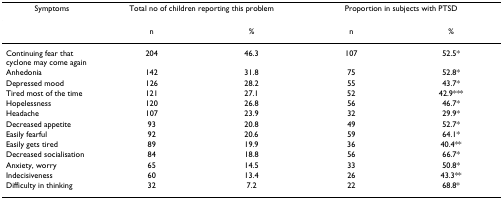
<table><thead><tr><td><b>Symptoms</b></td><td colspan="2"><b>Total no of children reporting this problem</b></td><td colspan="2"><b>Proportion in subjects with PTSD</b></td></tr></thead><tbody><tr><td>[EMPTY_CELL]</td><td>n</td><td>%</td><td>n</td><td>%</td></tr><tr><td>Continuing fear that cyclone may come again</td><td>204</td><td>46.3</td><td>107</td><td>52.5*</td></tr><tr><td>Anhedonia</td><td>142</td><td>31.8</td><td>75</td><td>52.8*</td></tr><tr><td>Depressed mood</td><td>126</td><td>28.2</td><td>55</td><td>43.7*</td></tr><tr><td>Tired most of the time</td><td>121</td><td>27.1</td><td>52</td><td>42.9***</td></tr><tr><td>Hopelessness</td><td>120</td><td>26.8</td><td>56</td><td>46.7*</td></tr><tr><td>Headache</td><td>107</td><td>23.9</td><td>32</td><td>29.9*</td></tr><tr><td>Decreased appetite</td><td>93</td><td>20.8</td><td>49</td><td>52.7*</td></tr><tr><td>Easily fearful</td><td>92</td><td>20.6</td><td>59</td><td>64.1*</td></tr><tr><td>Easily gets tired</td><td>89</td><td>19.9</td><td>36</td><td>40.4**</td></tr><tr><td>Decreased socialisation</td><td>84</td><td>18.8</td><td>56</td><td>66.7*</td></tr><tr><td>Anxiety, worry</td><td>65</td><td>14.5</td><td>33</td><td>50.8*</td></tr><tr><td>Indecisiveness</td><td>60</td><td>13.4</td><td>26</td><td>43.3**</td></tr><tr><td>Difficulty in thinking</td><td>32</td><td>7.2</td><td>22</td><td>68.8*</td></tr></tbody></table>